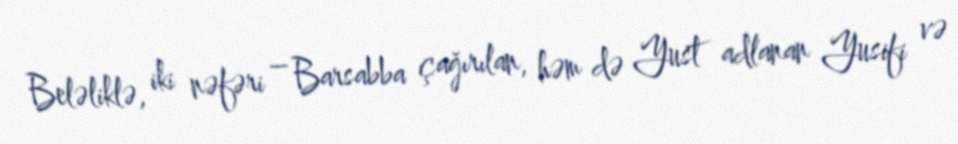
Beləliklə, iki nəfəri – Barsabba çağırılan, həm də Yust adlanan Yusifi və